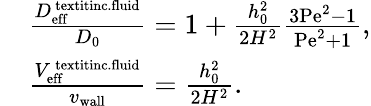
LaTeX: \begin{array}{rl}&{\frac{D_{\mathrm{eff}}^{\mathrm{\ textit{inc.fluid}}}}{D_{0}}=1+\frac{h_{0}^{2}}{2H^{2}}\frac{3\mathrm{Pe}^{2}-1}{\mathrm{Pe}^{2}+1},}\\ &{\frac{V_{\mathrm{eff}}^{\mathrm{\ textit{inc.fluid}}}}{{v_{\mathrm{wall}}}}=\frac{h_{0}^{2}}{2H^{2}}.}\end{array}